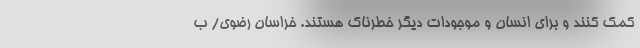
کمک کنند و برای انسان و موجودات دیگر خطرناک هستند. خراسان رضوی/ ب